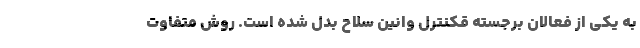
به یکی از فعالان برجسته قکنترل وانین سلاح بدل شده است. روش متفاوت